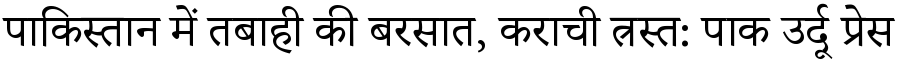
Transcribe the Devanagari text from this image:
पाकिस्तान में तबाही की बरसात, कराची त्रस्त: पाक उर्दू प्रेस